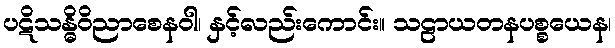
ပဋိသန္ဓိဝိညာစေနဝါ၊ နှင့်လည်းကောင်း။ သဠာယတနပစ္စယေန၊